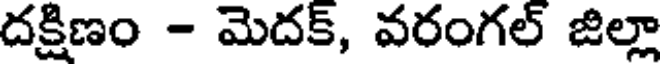
దక్షిణం - మెదక్, వరంగల్ జిల్లా